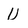
Character: U